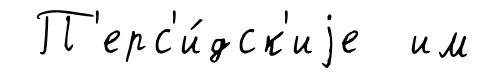
П'ерс'и́дск'иjе им